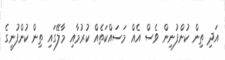
އަދި ތިން ކުންފުނިން ވެސް އެއް މަސައްކަތެއް ކުރުމާއި މާލޭގައި ތިން ކުންފުނީގެ